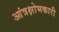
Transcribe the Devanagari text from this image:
आंत्रक्षोभकारी